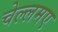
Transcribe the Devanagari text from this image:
चेल्लमए